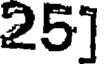
25]